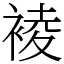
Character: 裬